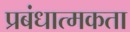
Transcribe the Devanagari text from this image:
प्रबंधात्मकता